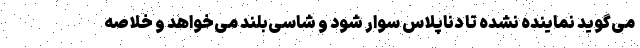
می‌گوید نماینده نشده تا دناپلاس سوار شود و شاسی‌بلند می‌خواهد و خلاصه